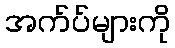
အက်ပ်များကို